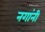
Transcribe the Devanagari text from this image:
नगांनी